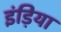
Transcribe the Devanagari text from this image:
इंड़िया